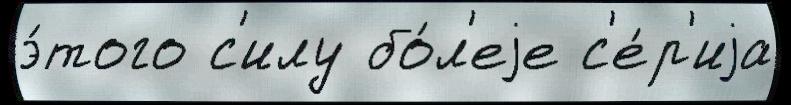
э́того с'илу бо́л'еjе с'е́р'иjа